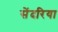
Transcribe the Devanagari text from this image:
सेंदरिया